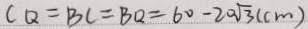
C Q = B C = B Q = 6 0 - 2 0 \sqrt { 3 } ( c m )